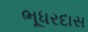
ભૂધરદાસ